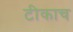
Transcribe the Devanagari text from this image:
टीकाच